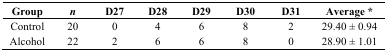
<table><thead><tr><td><b>Group</b></td><td><b><i>n</i></b></td><td><b>D27</b></td><td><b>D28</b></td><td><b>D29</b></td><td><b>D30</b></td><td><b>D31</b></td><td><b>Average *</b></td></tr></thead><tbody><tr><td>Control</td><td>20</td><td>0</td><td>4</td><td>6</td><td>8</td><td>2</td><td>29.40 ± 0.94</td></tr><tr><td>Alcohol</td><td>22</td><td>2</td><td>6</td><td>6</td><td>8</td><td>0</td><td>28.90 ± 1.01</td></tr></tbody></table>